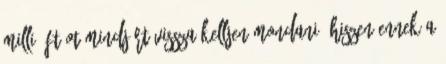
millió Ft-ot mindjárt vissza kelljen mondani, hiszen ennek a